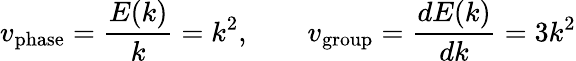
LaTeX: v_{\mathrm{phase}}={\frac{E(k)}{k}}=k^{2},\qquad v_{\mathrm{group}}={\frac{dE(k)}{dk}}=3k^{2}